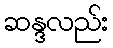
ဆန္ဒလည်း